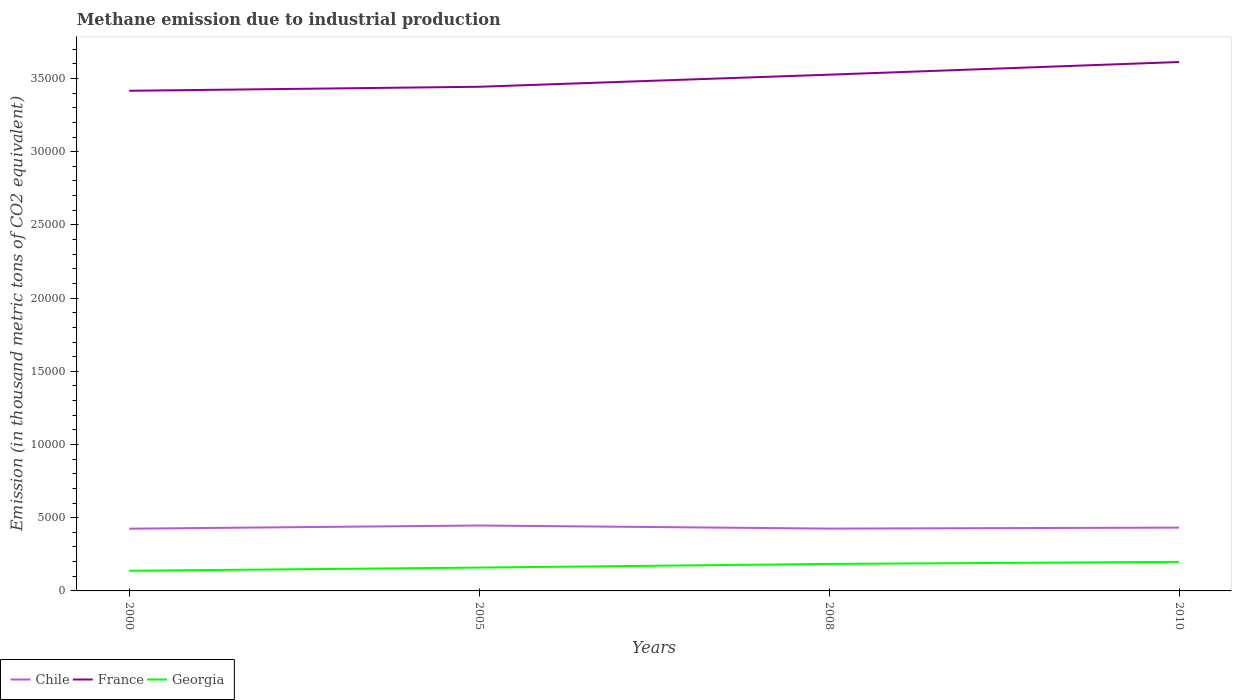
| Years | Chile | France | Georgia |
 | --- | --- | --- | --- |
 | 2000 | 4.25e+03 | 3.42e+04 | 1.38e+03 |
 | 2005 | 4.47e+03 | 3.44e+04 | 1.59e+03 |
 | 2008 | 4.26e+03 | 3.53e+04 | 1.84e+03 |
 | 2010 | 4.32e+03 | 3.61e+04 | 1.99e+03 |